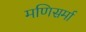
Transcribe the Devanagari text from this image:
मणिसर्मा